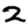
Digit: 2